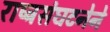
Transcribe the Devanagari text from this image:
राष्ट्रसंघटनेने